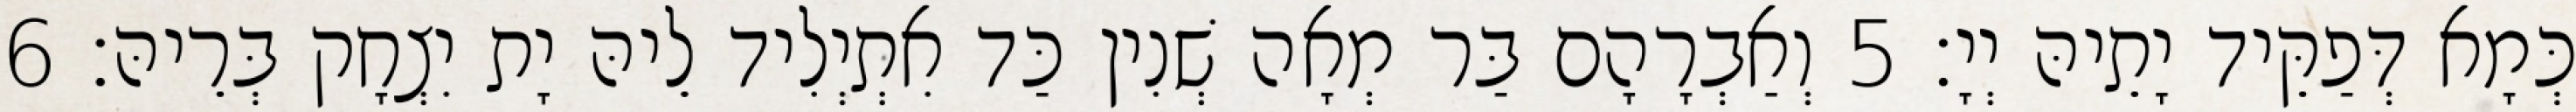
כְּמָא דְּפַקֵּיד יָתֵיהּ יְיָ׃ 5 וְאַבְרָהָם בַּר מְאָה שְׁנִין כַּד אִתְיְלִיד לֵיהּ יָת יִצְחָק בְּרֵיהּ׃ 6